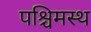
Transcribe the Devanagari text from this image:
पश्चिमस्थ